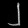
Digit: ၂